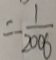
= \frac { 1 } { 2 0 0 6 }